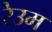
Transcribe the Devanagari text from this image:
रेउम